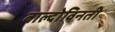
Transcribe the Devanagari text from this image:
बाल्दोविनती